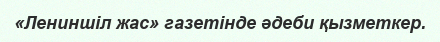
«Лениншіл жас» газетінде әдеби қызметкер.